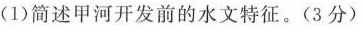
（1)简述甲河开发前的水文特征。(3分)